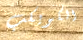
الكويكب